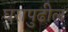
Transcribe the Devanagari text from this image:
घरापुढील